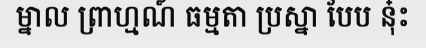
ម្នាល ព្រាហ្មណ៍ ធម្មតា ប្រស្នា បែប នុ៎ះ